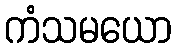
ကံသမယော